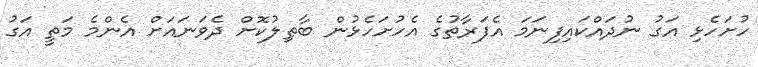
ހުށަހެޅި އަގު ނުދައްކައިފިނަމަ އެފަރާތުގެ އެހުށަހެޅުން ބާޠިލުކޮށް ދެވަނައަށް އެންމެ މަތީ އަގު